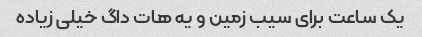
یک ساعت برای سیب زمین و یه هات داگ خیلی زیاده